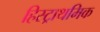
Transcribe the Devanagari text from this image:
हिस्ट्राथमिक